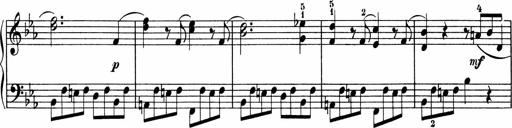
Title: 5 Sonatinen fÃ¼r die Jugend
Composer: Carl Reinecke